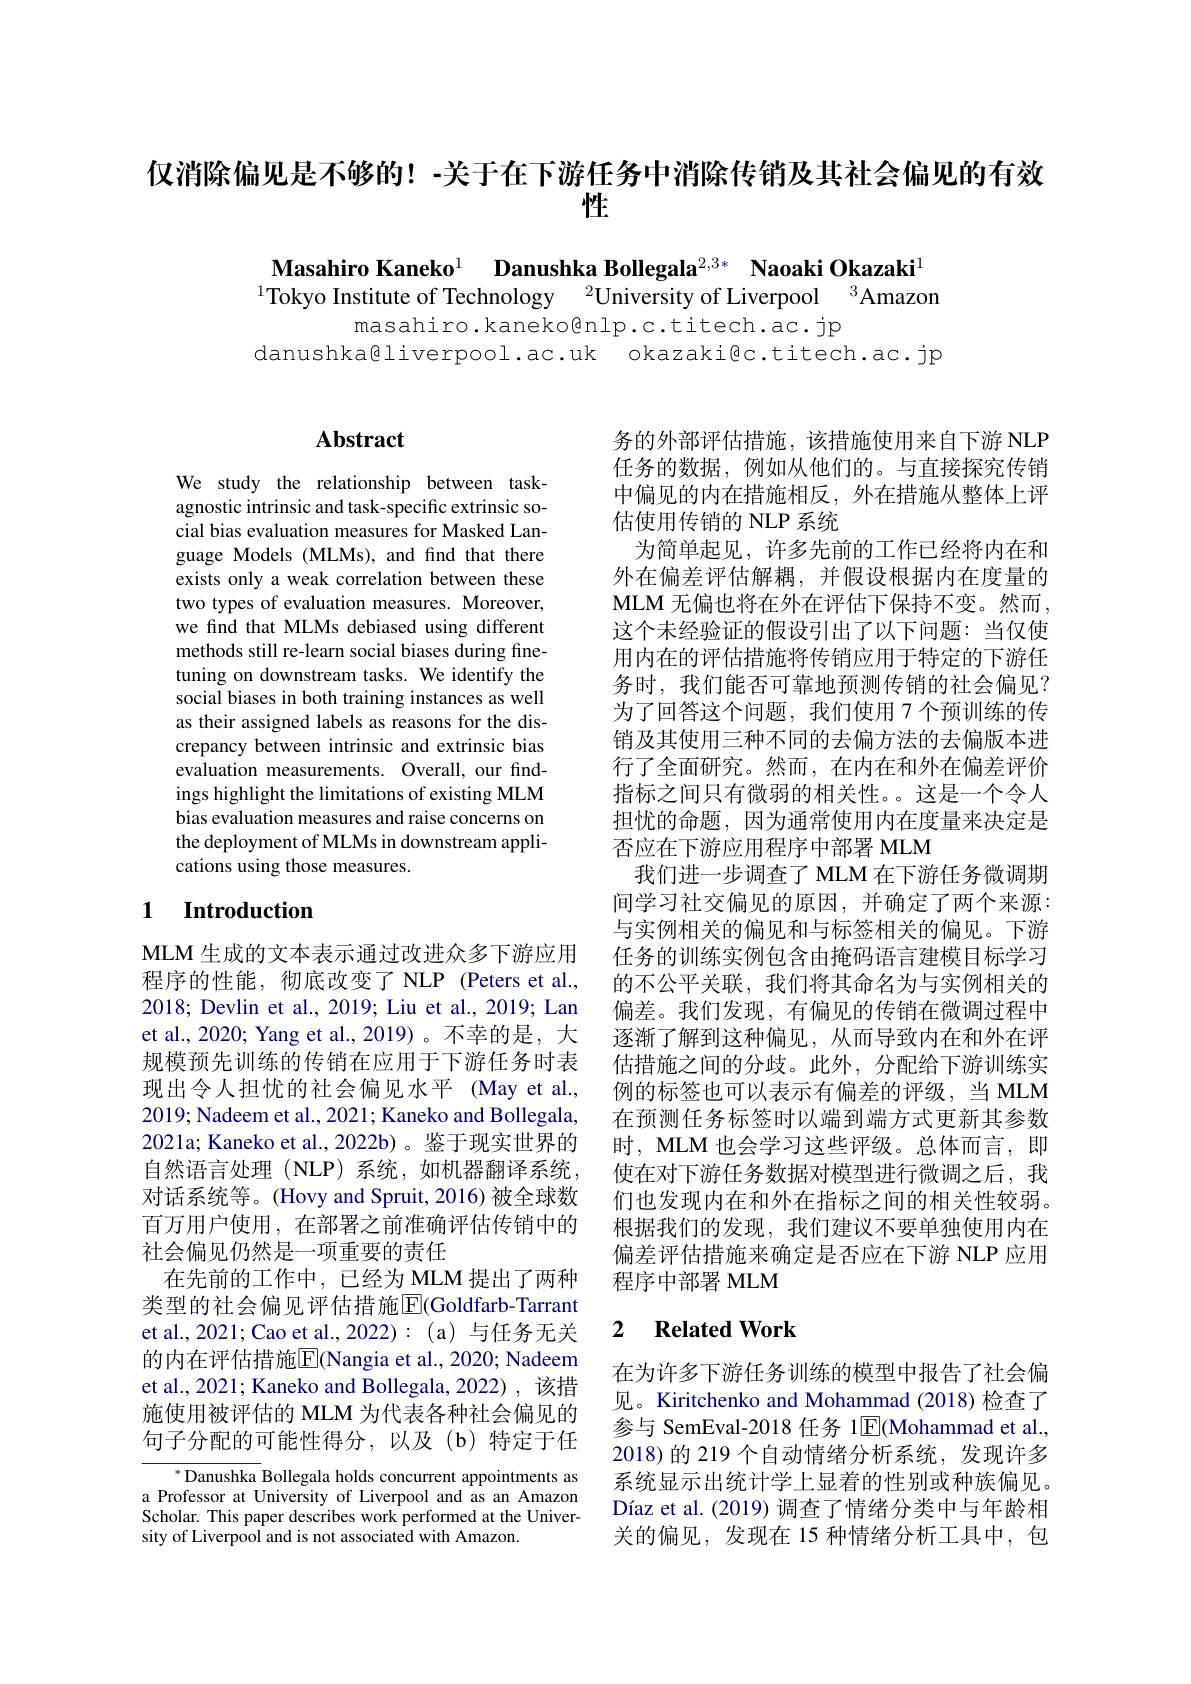
仅消除偏见是不够的！-关于在下游任务中消除传销及其社会偏见的有效
性

Masahiro Kaneko$^{1}$ Danushka Bollegala$^{2,3*}$ Naoaki Okazaki$^{1}$

$^{1}$Tokyo Institute of Technology$\:^2$University of Liverpool$\:^3$Amazon
masahiro.kaneko@nlp.c.titech.ac.jp
danushka@liverpool.ac.uk okazaki@c.titech.ac.jp

## $\mathbf{Abstract}$

We study the relationship between taskagnostic intrinsic and task-specific extrinsic social bias evaluation measures for Masked Language Models (MLMs), and find that there exists only a weak correlation between these two types of evaluation measures. Moreover, we find that MLMs debiased using different methods still re-learn social biases during finetuning on downstream tasks. We identify the social biases in both training instances as well as their assigned labels as reasons for the discrepancy between intrinsic and extrinsic bias evaluation measurements. Overall, our findings highlight the limitations of existing MLM bias evaluation measures and raise concerns on the deployment of MLMs in downstream applications using those measures.

## 1 Introduction

MLM 生成的文本表示通过改进众多下游应用程序的性能，彻底改变了 NLP (Peters et al., 2018; Devlin et al., 2019; Liu et al., 2019; Lan et al., 2020; Yang et al., 2019)。不幸的是，大规模预先训练的传销在应用于下游任务时表现出令人担忧的社会偏见水平 (May et al., 2019; Nadeem et al., 2021; Kaneko and Bollegala, 2021a; Kaneko et al., 2022b)。鉴于现实世界的自然语言处理(NLP)系统，如机器翻译系统， 对话系统等。(Hovy and Spruit, 2016) 被全球数百万用户使用，在部署之前准确评估传销中的社会偏见仍然是一项重要的责任
在先前的工作中，已经为 MLM 提出了两种类型的社会偏见评估措施$\overline{\mathbb{E}}($Goldfarb-Tarrant et al., 2021; Cao et al., 2022): ( a) 与任务无关的内在评估措施$\overline{\mathrm{E}}($Nangia et al., 2020; Nadeem et al., 2021; Kaneko and Bollegala, 2022), 该措施使用被评估的 MLM 为代表各种社会偏见的句子分配的可能性得分，以及(b)特定于任

$^{*}$Danushka Bollegala holds concurrent appointments as a Professor at University of Liverpool and as an Amazon Scholar. This paper describes work performed at the University of Liverpool and is not associated with Amazon.

务的外部评估措施，该措施使用来自下游 NLP 任务的数据，例如从他们的。与直接探究传销中偏见的内在措施相反，外在措施从整体上评估使用传销的 NLP 系统
为简单起见，许多先前的工作已经将内在和外在偏差评估解耦，并假设根据内在度量的MLM 无偏也将在外在评估下保持不变。然而， 这个未经验证的假设引出了以下问题：当仅使用内在的评估措施将传销应用于特定的下游任务时，我们能否可靠地预测传销的社会偏见？ 为了回答这个问题，我们使用 7 个预训练的传销及其使用三种不同的去偏方法的去偏版本进行了全面研究。然而，在内在和外在偏差评价指标之间只有微弱的相关性。这是一个令人担忧的命题，因为通常使用内在度量来决定是否应在下游应用程序中部署 MLM
我们进一步调查了 MLM 在下游任务微调期间学习社交偏见的原因，并确定了两个来源： 与实例相关的偏见和与标签相关的偏见。下游任务的训练实例包含由掩码语言建模目标学习的不公平关联，我们将其命名为与实例相关的偏差。我们发现，有偏见的传销在微调过程中逐渐了解到这种偏见，从而导致内在和外在评估措施之间的分歧。此外，分配给下游训练实例的标签也可以表示有偏差的评级，当 MLM 在预测任务标签时以端到端方式更新其参数时，MLM 也会学习这些评级。总体而言，即使在对下游任务数据对模型进行微调之后，我们也发现内在和外在指标之间的相关性较弱。根据我们的发现，我们建议不要单独使用内在偏差评估措施来确定是否应在下游 NLP 应用程序中部署 MLM

### 2 $\textbf{Related Work}$

在为许多下游任务训练的模型中报告了社会偏见。Kiritchenko and Mohammad (2018) 检查了参与 SemEval-2018 任务 1$\overline{\mathrm{E}}($Mohammad et al., 2018)的 219 个自动情绪分析系统，发现许多系统显示出统计学上显着的性别或种族偏见。Díaz et al. (2019) 调查了情绪分类中与年龄相关的偏见，发现在 15 种情绪分析工具中，包